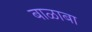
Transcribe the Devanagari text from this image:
बाळाबा